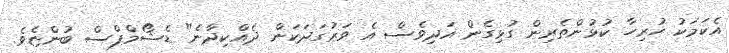
އެކަމަކު ހުރިހާ ކުޅުންތެރިން ގުޅިގެން އަދިވެސް އެ ވަރުގަދަކަން ދެއްކިދާނެ" ޑެޝޯމްޕްސް ބުންޏެވެ.